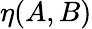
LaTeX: \eta(A,B)